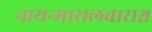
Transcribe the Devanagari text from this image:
नायन्मारालवाराश्च